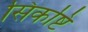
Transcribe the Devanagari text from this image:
सिकष्टि